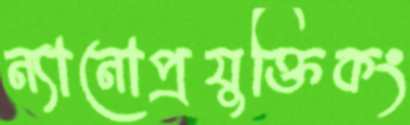
ন্যানোপ্রযুক্তিকং